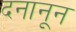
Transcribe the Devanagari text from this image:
दनानून